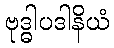
ဗုဒ္ဓါပဒါနိယံ